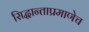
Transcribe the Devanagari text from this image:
सिद्धान्ताप्रमाणेच